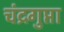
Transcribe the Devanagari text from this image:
चंद्रगुप्ता